Dysentery and liver abscess in Bombay - Number 47
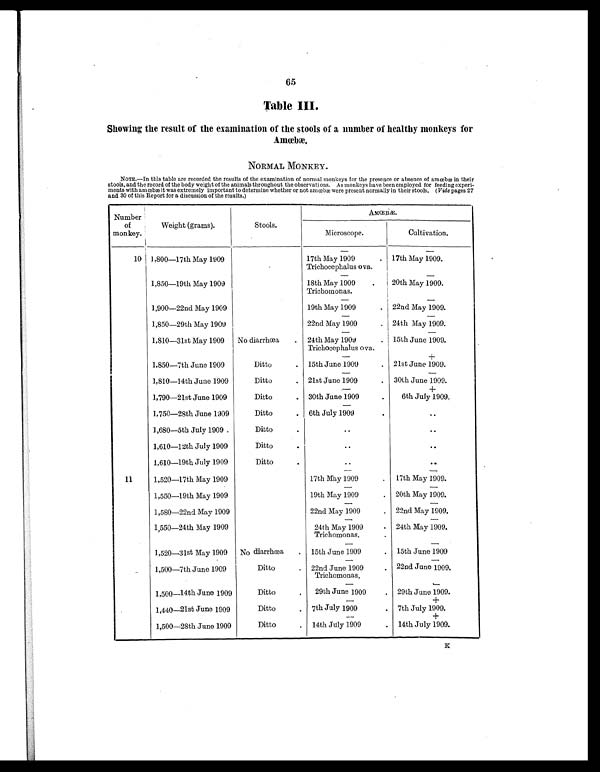
65
Table III.
Showing the result of the examination of the stools of a number of healthy monkeys for
Amœbæ.
NORMAL MONKEY.
N O T E . — I n t h i s t a b l e a r e r e c o r d e d t h e r e s u l t s o f t h e e x a m i n a t i o n o f n o r m a l m o n k e y s f o r t h e p r e s e n c e o r a b s e n c e o f a m œ b æ i n t h e i r
stools, and the record of the body weight of the animals throughout the observations. As monkeys have been employed for feeding experi-
ments with amœbæ it was extremely important to determine whether or not amœbæ were present normally in their stools. ( Vide pages 27
and 30 of this Report for a discussion of the results.)
Number
of
monkey.
Weight (grams).
Stools.
AMŒBÆ.
Microscope.
Cultivation.
10 1,800—17th May 1909
— 17th May 1909
.
—
17th May 1909.
Trichocephalus ova.
—
—
1,850—19th May 1909
18th May 1909
.
20th May 1909.
Trichomonas.
—
—
1,900—22nd May 1909
19th May 1909
. 22nd May 1909.
—
—
1,850—29th May 1909
22nd May 1909
. 24th May 1909.
—
—
1,810—31st May 1909 No diarrhœa
. 24th May 1909
. 15th June 1909.
Trichocephalus ova.
—
+
1,850—7th June 1909
Ditto
. 15th June 1909
. 21st June 1909.
— —
1,810—14th June 1909
Ditto
. 21st June 1909
. 30th June 1909.
—
+
1,790—21st June 1909
Ditto
. 30th June 1909
.
6th July 1909.
—
1,750—28th June 1909
Ditto
. 6th July 1909
.
..
1,680—5th July 1909 .
Ditto
.
..
..
1,610—12th July 1909
Ditto
.
..
..
1,610—19th July 1909
Ditto
.
..
. .
— —
11
1,520—17th May 1909
17th May 1909
. 17th May 1909.
—
—
1,550—19th May 1909
19th May 1909
. 20th May 1909.
—
—
1,580—22nd May 1909
22nd May 1909
. 22nd May 1909.
—
—
1,550—24th May 1909
24th May 1909
. 24th May 1909.
Trichomonas.
—
—
1,520—31st May 1909 No diarrhœa . 15th June 1909
. 15th June 1909
—
—
1,500—7th June 1909
Ditto
. 22nd June 1909
. 22nd June 1909.
Trichomonas.
—
—
1,500—14th June 1909
Ditto
. 29th June 1909
. 29th June 1909.
—
+
1,440—21st June 1909
Ditto
. 7th July 1909
. 7th July 1909.
—
+
1,500—28th June 1909
Ditto
. 14th July 1909
. 14th July 1909.
K